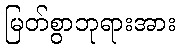
မြတ်စွာဘုရားအား